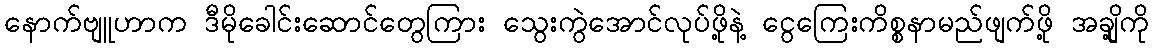
နောက်ဗျူဟာက ဒီမိုခေါင်းဆောင်တွေကြား သွေးကွဲအောင်လုပ်ဖို့နဲ့ ငွေကြေးကိစ္စနာမည်ဖျက်ဖို့ အချို့ကို